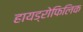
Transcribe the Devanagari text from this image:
हायड्रोफिलिक